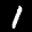
Label: 1